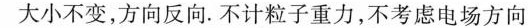
大小不变，方向反向。不计粒子重力，不考虑电场方向